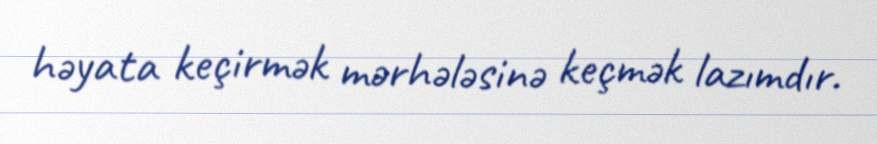
həyata keçirmək mərhələsinə keçmək lazımdır.